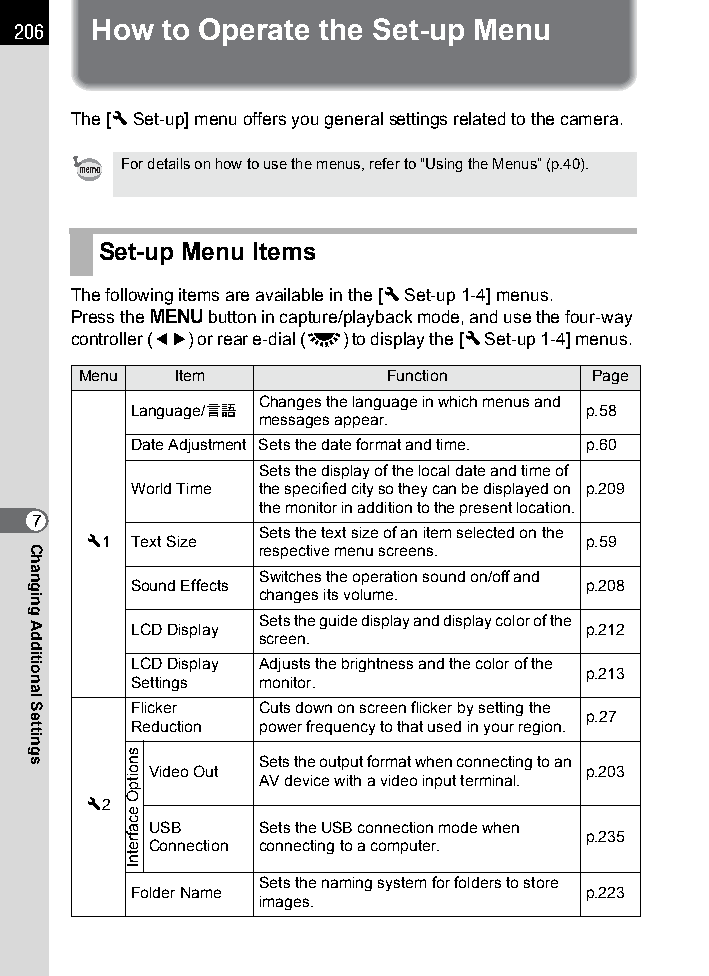
206  How  to Operate the Set-up Menu
 The [R Set-up] menu offers you general settings related to the camera.
 For details on how to use the menus, refer to “Using the Menus” (p.40).
 Set-up Menu Items
 The following items are available in the [R Set-up 1-4] menus.
 Press the 3 button in capture/playback mode, and use the four-way
 controller (45) or rear e-dial (S) to display the [R Set-up 1-4] menus.
 Menu  Item          Function      Page
 Changes the language in which menus and
 Language/u                     p.58
 messages appear.
 Date Adjustment Sets the date format and time. p.60
 Sets the display of the local date and time of
 World Time the specified city so they can be displayed on p.209
 the monitor in addition to the present location.
 7
 Sets the text size of an item selected on the
 R1 Text Size                     p.59
 respective menu screens.
 Switches the operation sound on/off and
 Sound Effects                  p.208
 changes its volume.
 Sets the guide display and display color of the
 LCD Display                    p.212
 screen.
 LCD Display Adjusts the brightness and the color of the
 p.213
 Settings monitor.
 Flicker  Cuts down on screen flicker by setting the
 p.27
 Reduction power frequency to that used in your region.
 Sets the output format when connecting to an
 Video Out                    p.203
 AV device with a video input terminal.
 R2
 USB    Sets the USB connection mode when
 p.235
 Connection connecting to a computer.
 Sets the naming system for folders to store
 Folder Name                    p.223
 images.
 Changing
 Additional
 Settings
 snoitpO
 ecafretnI